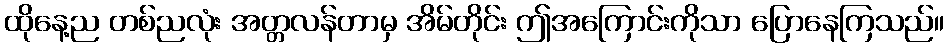
ထိုနေ့ည တစ်ညလုံး အတ္တလန်တာမှ အိမ်တိုင်း ဤအကြောင်းကိုသာ ပြောနေကြသည်။